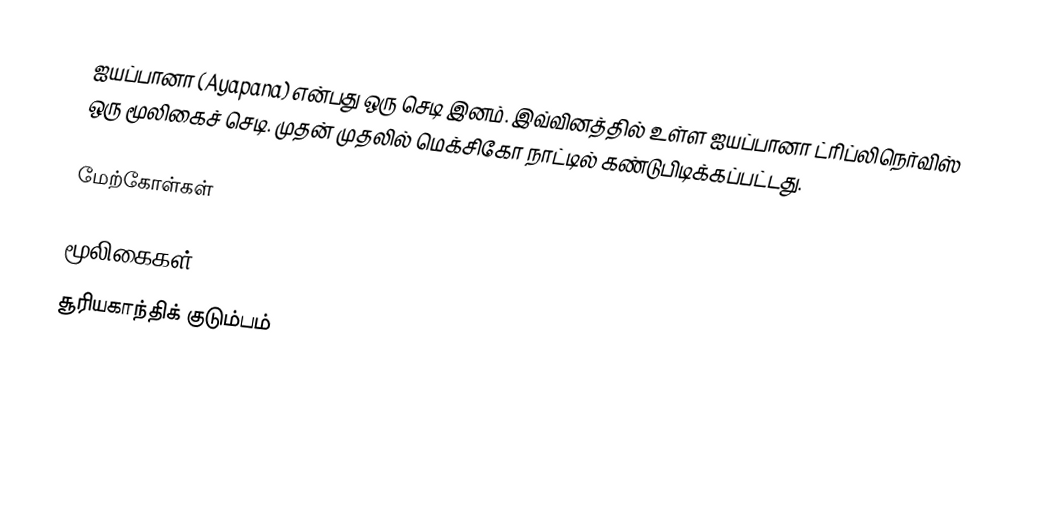
ஐயப்பானா (Ayapana) என்பது ஒரு செடி இனம். இவ்வினத்தில் உள்ள ஐயப்பானா ட்ரிப்லிநெர்விஸ் ஒரு மூலிகைச் செடி. முதன் முதலில் மெக்சிகோ நாட்டில் கண்டுபிடிக்கப்பட்டது.

மேற்கோள்கள்

மூலிகைகள்
சூரியகாந்திக் குடும்பம்